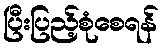
ပြီးပြည့်စုံစေရန်